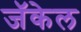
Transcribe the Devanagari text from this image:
जॅकेल